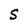
Character: S